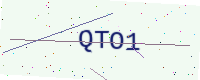
Text: QTO1